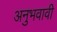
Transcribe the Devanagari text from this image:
अनुभवावी